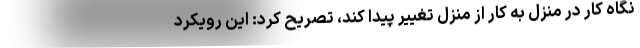
نگاه کار در منزل به کار از منزل تغییر پیدا کند، تصریح کرد: این رویکرد